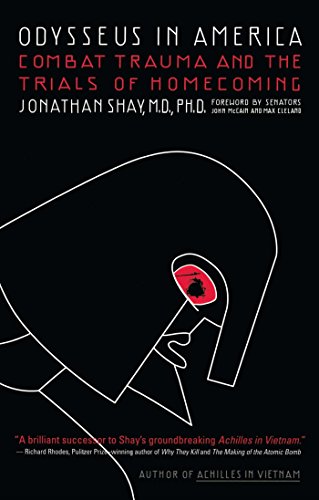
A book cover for Odysseus in America: Combat Trauma and the Trials of Homecoming; M.D. Jonathan Shay M.D.; Health, Fitness & Dieting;